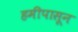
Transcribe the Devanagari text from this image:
हमीपासून